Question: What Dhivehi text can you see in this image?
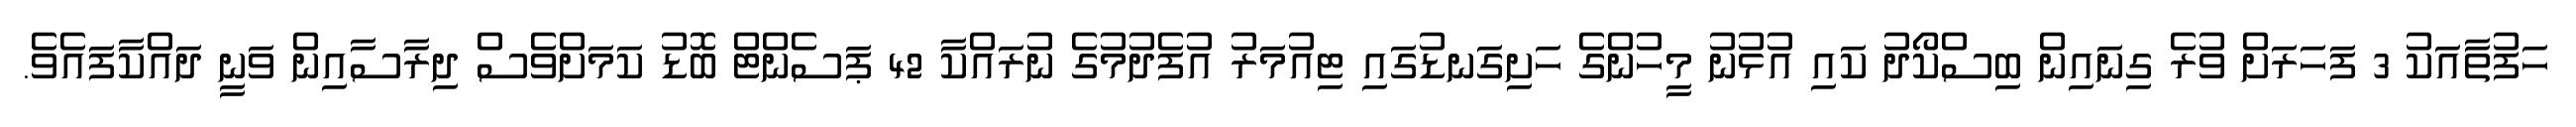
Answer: ހަފުތާއަކު 3 ފަހަރަށް ވުރެ ގިނައިން ބިސްކޯދު ކައި އުޅުނު މީހުންގެ ހަށިގަނޑުގައި ޓިއުމަރު އުފެދުމުގެ ނުރައްކާ 42 ޕަސެންޓް ބޮޑު ކަމަށްވެސް ދިރާސާއިން ވަނީ ދައްކާފައެވެ.